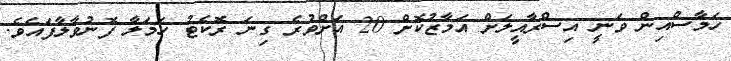
ހަމާސްއިން ވަނީ އިސްރާއީލަށް އަމާޒުކޮށް 20 އަށްވުރެ ގިނަ ރޮކެޓު ހަމަލާ ފޮނުވާލާފައެވެ.